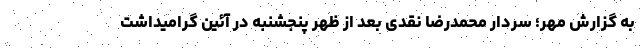
به گزارش مهر؛ سردار محمدرضا نقدی بعد از ظهر پنجشنبه در آئین گرامیداشت